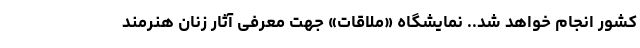
کشور انجام خواهد شد.. نمایشگاه «ملاقات» جهتِ معرفی آثار زنانِ هنرمندِ